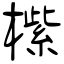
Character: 橴